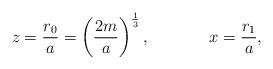
LaTeX: \begin{align*}z = \frac{r_0}{a} = \left(\frac{2m}{a}\right)^{\frac{1}{3}},\hspace{1.5cm} x = \frac{r_1}{a},\end{align*}